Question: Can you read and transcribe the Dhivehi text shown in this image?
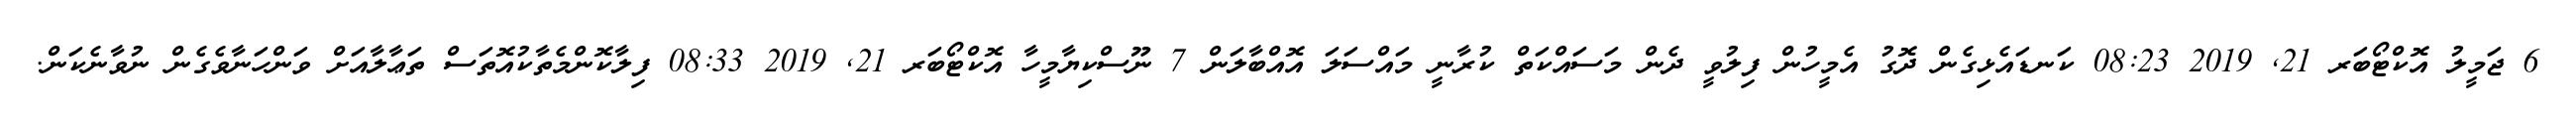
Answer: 6 ޖަމީލު އޮކްޓޯބަރ 21, 2019 08:23 ކަނޑައެޅިގެން ދޮގު އެމީހުން ފިލުވީ ދެން މަސައްކަތް ކުރާނީ މައްސަލަ އޮއްބާލަން 7 ނޫސްކިޔާމީހާ އޮކްޓޯބަރ 21, 2019 08:33 ފިލާކޮންމެތާކުއޮތަސް ތަޢާލާއަށް ވަންހަނާވެގެން ނުވާނެކަން.